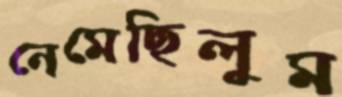
নেমেছিলুম